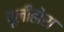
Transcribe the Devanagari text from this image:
पूलीहोरा